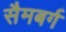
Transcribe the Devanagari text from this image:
सैमबर्ग